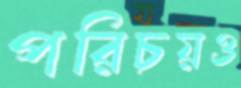
পরিচয়ও